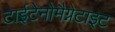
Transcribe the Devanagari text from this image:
टाईटेनोमैग्नेटाइट